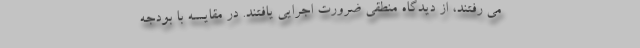
می رفتند، از دیدگاه منطقی ضرورت اجرایی یافتند. در مقایسه با بودجه